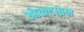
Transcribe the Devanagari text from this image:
ओकटाइन